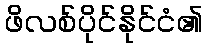
ဖိလစ်ပိုင်နိုင်ငံ၏